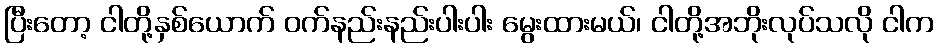
ပြီးတော့ ငါတို့နှစ်ယောက် ဝက်နည်းနည်းပါးပါး မွေးထားမယ်၊ ငါတို့အဘိုးလုပ်သလို ငါက